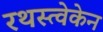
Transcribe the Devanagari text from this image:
रथस्त्वेकेन